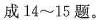
成14~15题。